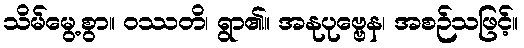
သိမ်မွေ့စွာ။ ဝဿတိ၊ ရွာ၏။ အနုပုဗ္ဗေန၊ အစဉ်သဖြင့်။